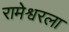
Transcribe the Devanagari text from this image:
रामेश्वरला